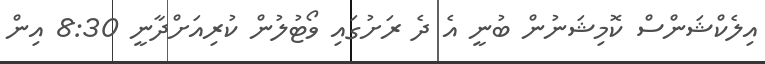
އިލެކްޝަންސް ކޮމިޝަނުން ބުނީ އެ ދެ ރަށުގައި ވޯޓުލުން ކުރިއަށްދާނީ 8:30 އިން